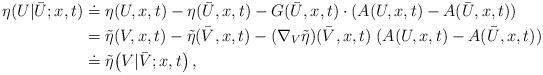
LaTeX: \begin{align*}\begin{aligned}\eta ( U | \bar U;x,t ) &\doteq \eta (U,x,t)- \eta (\bar U,x,t )- G(\bar U,x,t) \cdot (A(U,x,t) - A(\bar U,x,t))\\&= \tilde{\eta}(V,x,t) -\tilde{\eta}(\bar V,x,t) - (\nabla_V \tilde{\eta}) (\bar V,x,t) \; (A(U,x,t) - A(\bar U,x,t)) \, \\&\doteq \tilde{\eta} \big (V | \bar V;x,t\big ) \, ,\end{aligned}\end{align*}